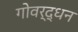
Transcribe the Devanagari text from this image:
गोवर्द्धन